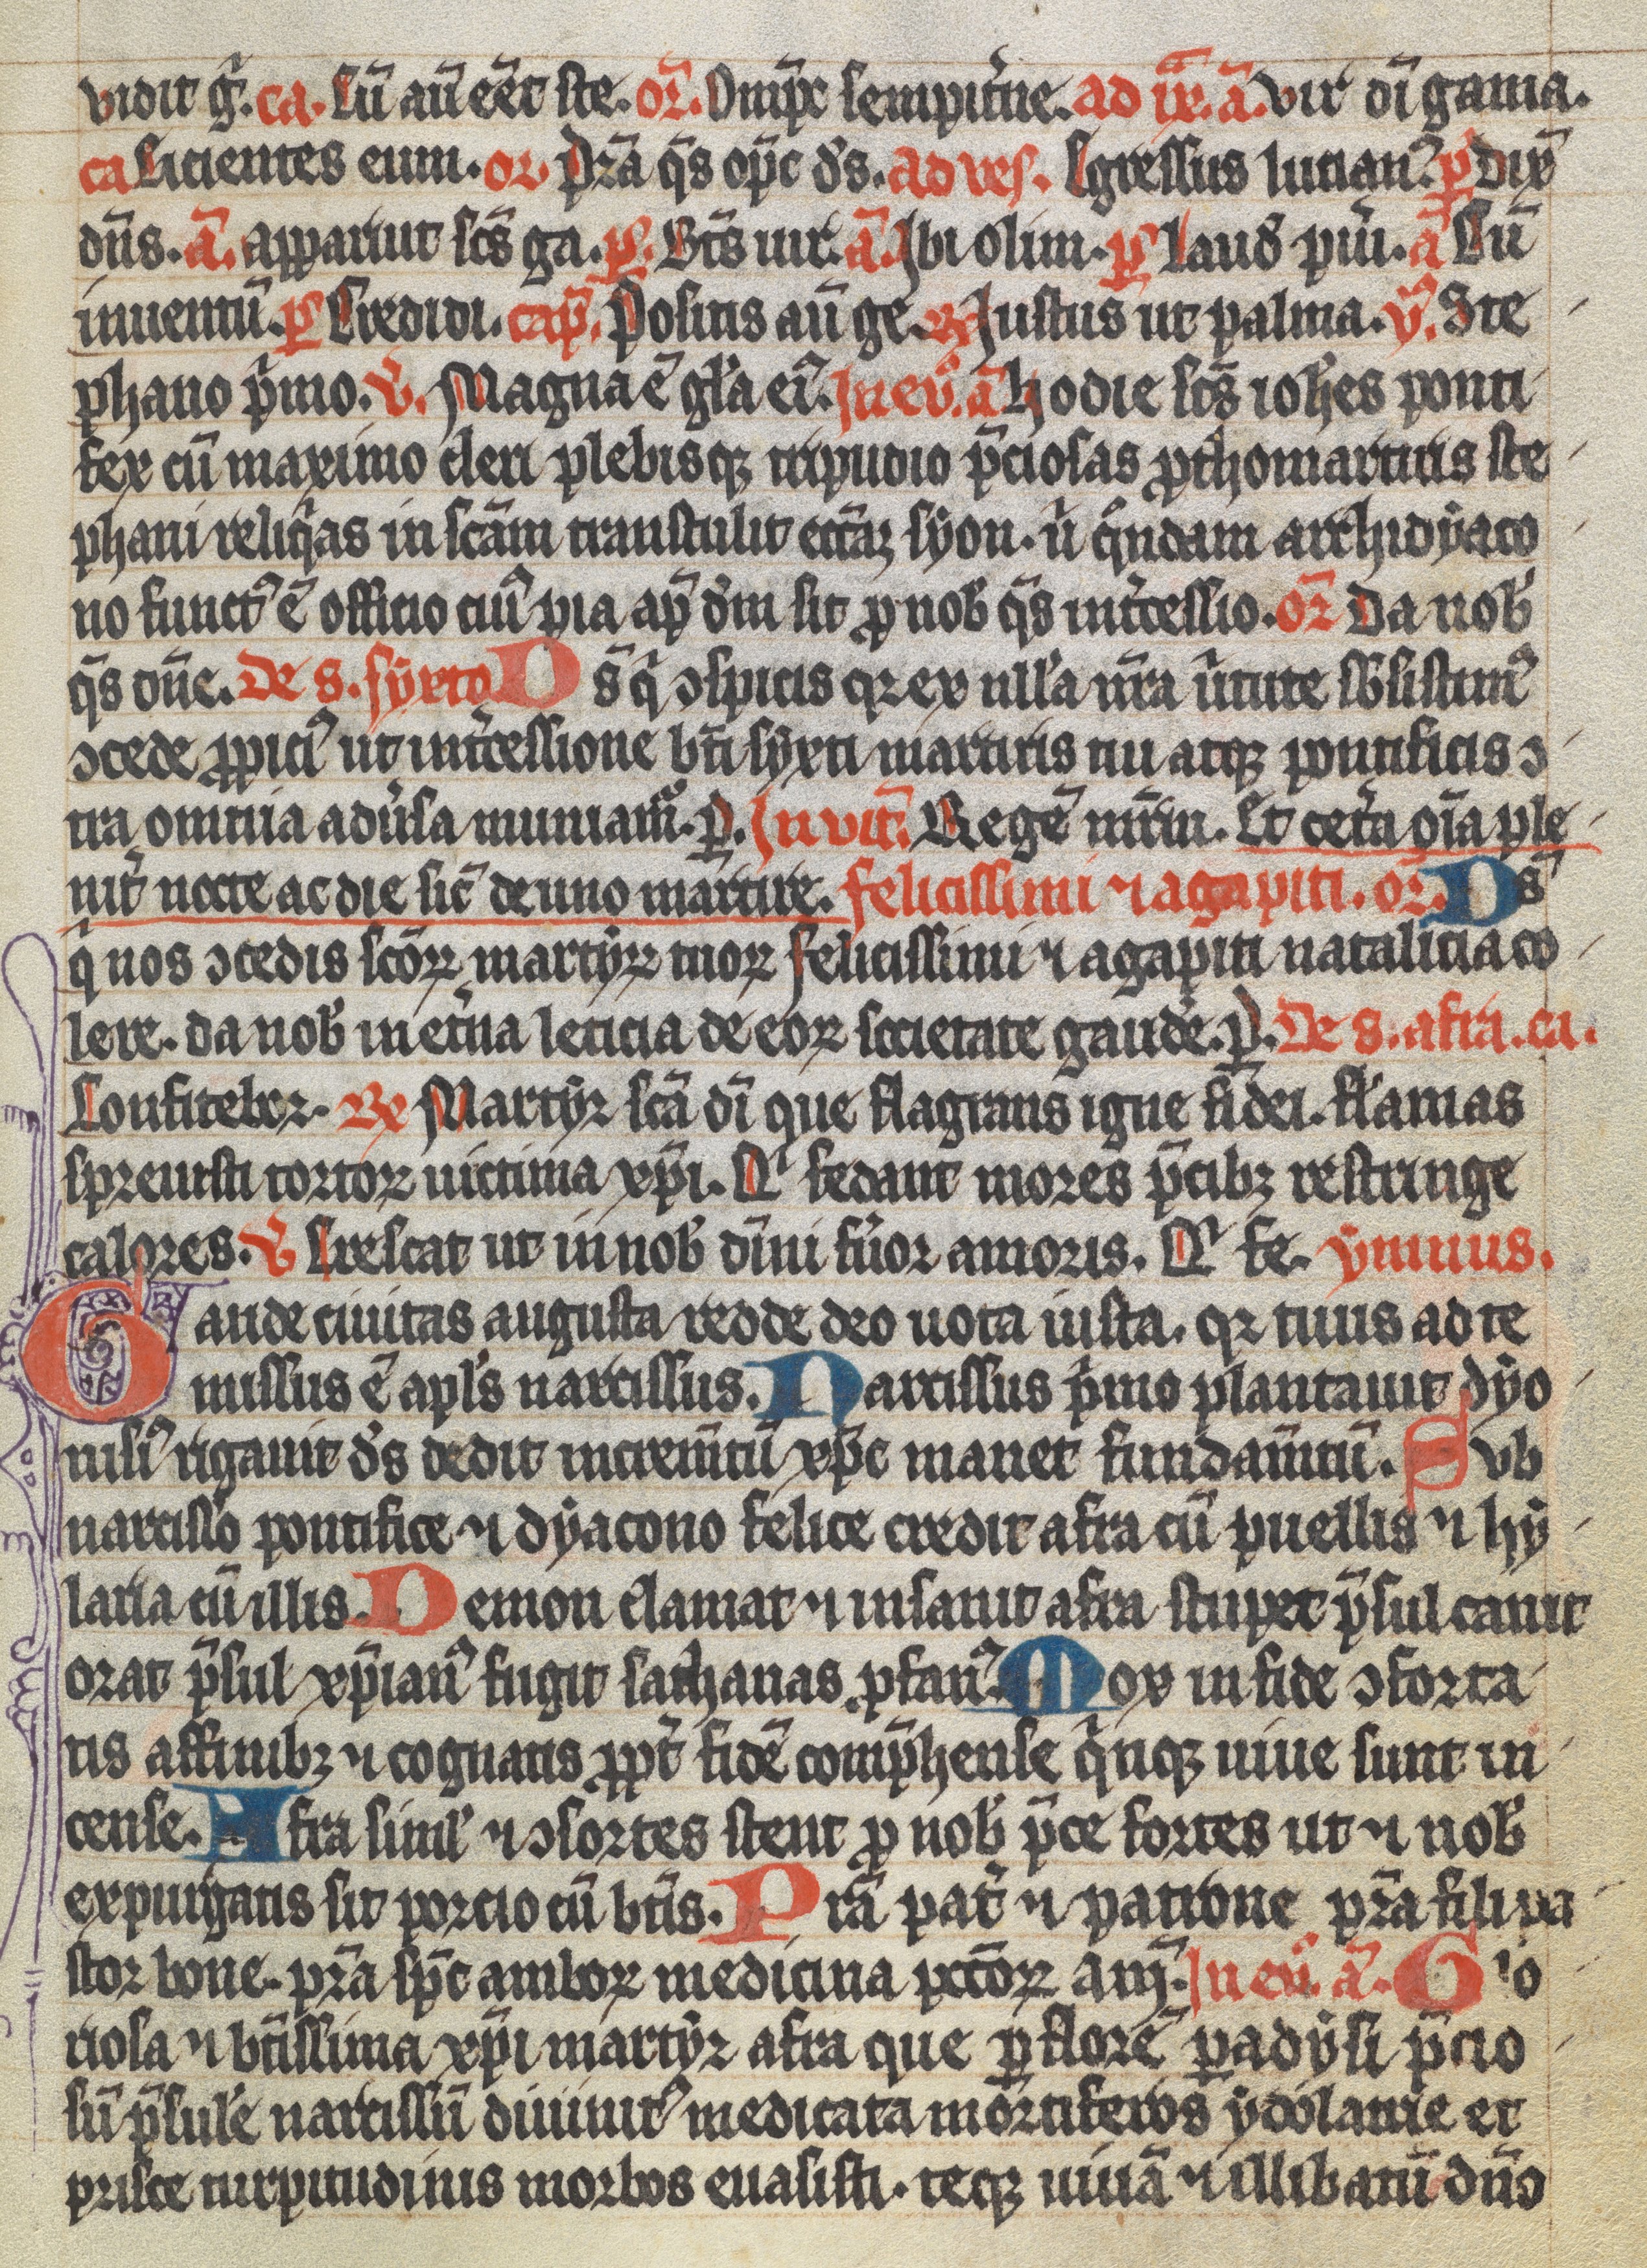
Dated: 1350–1399